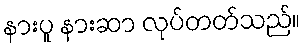
နားပူ နားဆာ လုပ်တတ်သည်။